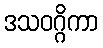
ဒသဝဂ္ဂိကာ